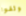
وثقوا